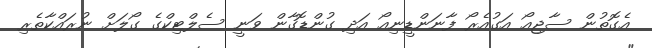
އެގޮތުން ސާޖިއޯ އަގުއެރޯ ފާނަންޑީނިއޯ އަދި ގުންޑޮގާން ވަނީ ސެލްޓިކްގެ ގޯލަށް ނުރައްކާތެރި